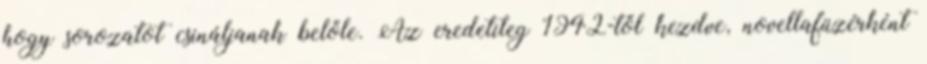
hogy sorozatot csináljanak belőle. Az eredetileg 1942-től kezdve, novellafüzérként